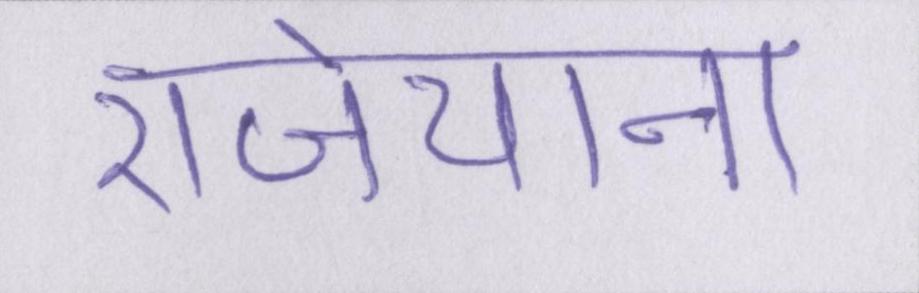
राजेयाना